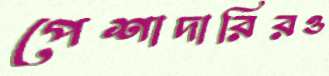
পেশাদারিরও